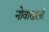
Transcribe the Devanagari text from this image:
नोवाखली